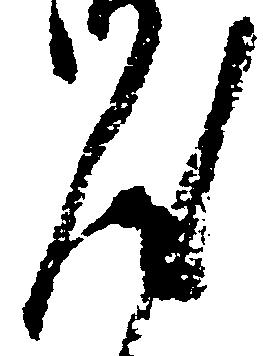
汰